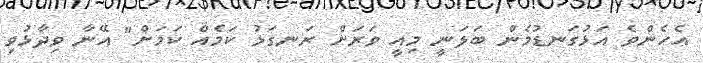
އެހެންވެ އަޅުގަނޑުމެން ބަލަނީ މިއީ ވަރަށް ރަނގަޅު ކަމެއް ކަމަށް" އޭނާ ވިދާޅުވި